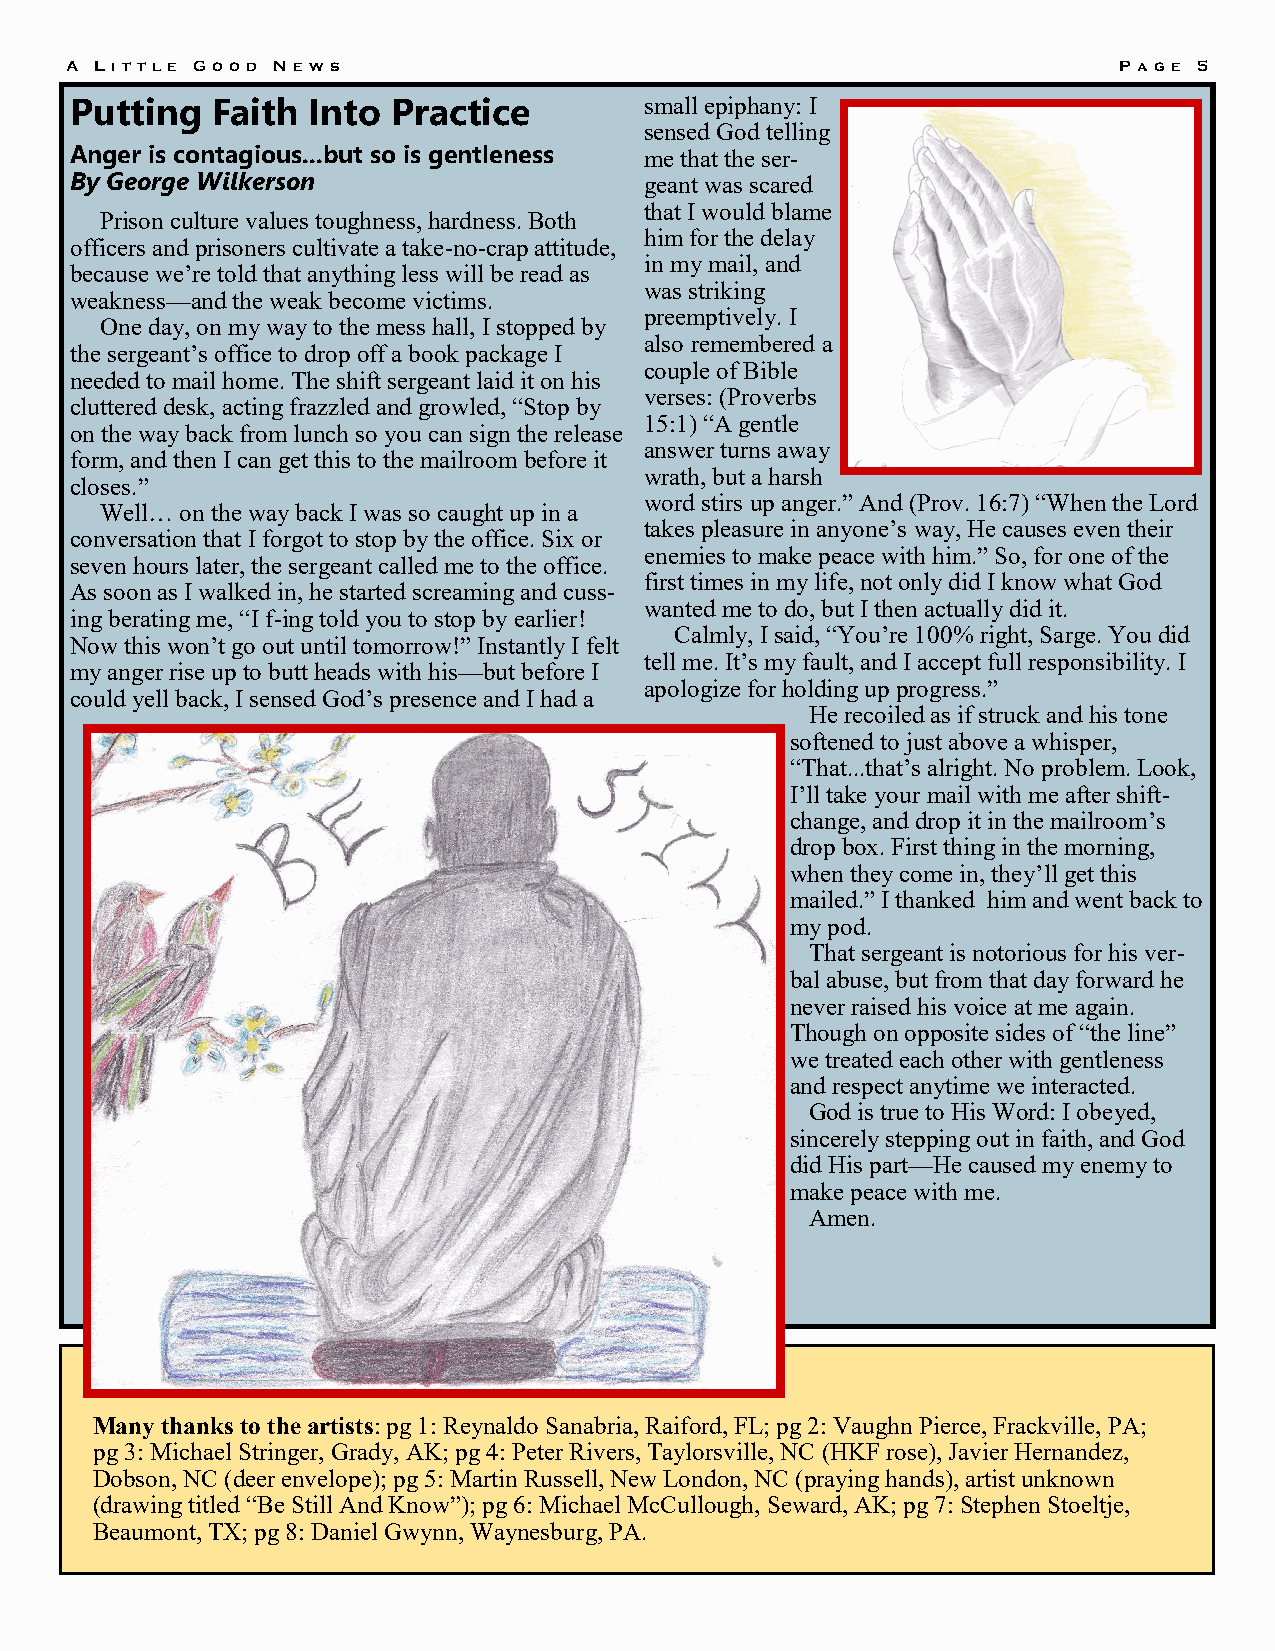
A Li t t le Good New s                                                P ag e 5
 Putting  Faith Into  Practice         small epiphany: I
 sensed God telling
 Anger is contagious...but so is gentleness me that the ser-
 By George Wilkerson                   geant was scared
 that I would blame
 Prison culture values toughness, hardness. Both
 him for the delay
 officers and prisoners cultivate a take-no-crap attitude,
 in my mail, and
 because we’re told that anything less will be read as
 was striking
 weakness—and the weak become victims.
 preemptively. I
 One day, on my way to the mess hall, I stopped by
 also remembered a
 the sergeant’s office to drop off a book package I
 couple of Bible
 needed to mail home. The shift sergeant laid it on his
 verses: (Proverbs
 cluttered desk, acting frazzled and growled, “Stop by
 15:1) “A gentle
 on the way back from lunch so you can sign the release
 answer turns away
 form, and then I can get this to the mailroom before it
 wrath, but a harsh
 closes.”
 word stirs up anger.” And (Prov. 16:7) “When the Lord
 Well… on the way back I was so caught up in a
 takes pleasure in anyone’s way, He causes even their
 conversation that I forgot to stop by the office. Six or
 enemies to make peace with him.” So, for one of the
 seven hours later, the sergeant called me to the office.
 first times in my life, not only did I know what God
 As soon as I walked in, he started screaming and cuss-
 wanted me to do, but I then actually did it.
 ing berating me, “I f-ing told you to stop by earlier!
 Calmly, I said, “You’re 100% right, Sarge. You did
 Now this won’t go out until tomorrow!” Instantly I felt
 tell me. It’s my fault, and I accept full responsibility. I
 my anger rise up to butt heads with his—but before I
 apologize for holding up progress.”
 could yell back, I sensed God’s presence and I had a
 He recoiled as if struck and his tone
 softened to just above a whisper,
 “That...that’s alright. No problem. Look,
 I’ll take your mail with me after shift-
 change, and drop it in the mailroom’s
 drop box. First thing in the morning,
 when they come in, they’ll get this
 mailed.” I thanked him and went back to
 my pod.
 That sergeant is notorious for his ver-
 bal abuse, but from that day forward he
 never raised his voice at me again.
 Though on opposite sides of “the line”
 we treated each other with gentleness
 and respect anytime we interacted.
 God is true to His Word: I obeyed,
 sincerely stepping out in faith, and God
 did His part—He caused my enemy to
 make peace with me.
 Amen.
 Many thanks to the artists: pg 1: Reynaldo Sanabria, Raiford, FL; pg 2: Vaughn Pierce, Frackville, PA;
 pg 3: Michael Stringer, Grady, AK; pg 4: Peter Rivers, Taylorsville, NC (HKF rose), Javier Hernandez,
 Dobson, NC (deer envelope); pg 5: Martin Russell, New London, NC (praying hands), artist unknown
 (drawing titled “Be Still And Know”); pg 6: Michael McCullough, Seward, AK; pg 7: Stephen Stoeltje,
 Beaumont, TX; pg 8: Daniel Gwynn, Waynesburg, PA.